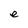
Character: e